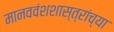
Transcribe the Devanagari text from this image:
मानववंशशास्त्रांच्या